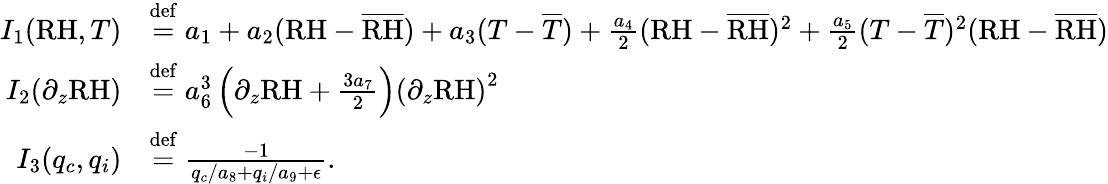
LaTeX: \begin{array}{rl}{I_{1}(\mathrm{RH},T)}&{\stackrel{\mathrm{def}}{=}a_{1}+a_{2}(\mathrm{RH}-\overline{{\mathrm{RH}}})+a_{3}(T-\overline{{T}})+\frac{a_{4}}{2}(\mathrm{RH}-\overline{{\mathrm{RH}}})^{2}+\frac{a_{5}}{2}(T-\overline{{T}})^{2}(\mathrm{RH}-\overline{{\mathrm{RH}}})}\\ {I_{2}(\partial_{z}\mathrm{RH})}&{\stackrel{\mathrm{def}}{=}a_{6}^{3}\left(\partial_{z}\mathrm{RH}+\frac{3a_{7}}{2}\right)\left(\partial_{z}\mathrm{RH}\right)^{2}}\\ {I_{3}(q_{c},q_{i})}&{\stackrel{\mathrm{def}}{=}\frac{-1}{q_{c}/a_{8}+q_{i}/a_{9}+\epsilon}.}\end{array}